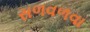
સળવળવા